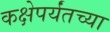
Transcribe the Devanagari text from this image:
कक्षेपर्यंतच्या